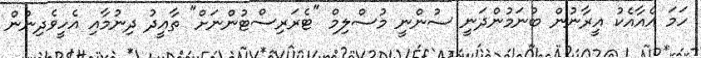
ހަމަ އެއާއެކު އީރާނުން ބުނަމުންދަނީ ސުންނީ މުސްލިމް "ޓެރަރިސްޓުންނަށް" ތާއީދު ދިނުމާއި އެހީވެދިނުން